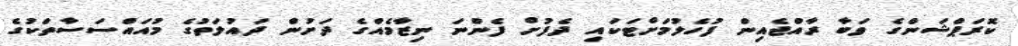
ކޮރަޕްޝަންގެ ވަބާ ރާއްޖެއިން ފުހެލުމަށްޓަކައި ދެފުށް ފެންނަ ނިޒާމެއްގެ ދަަށުން ދައުލަތުގެ މުއައްސަސާތަކުގެ